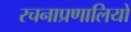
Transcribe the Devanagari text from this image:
रचनाप्रणालियों